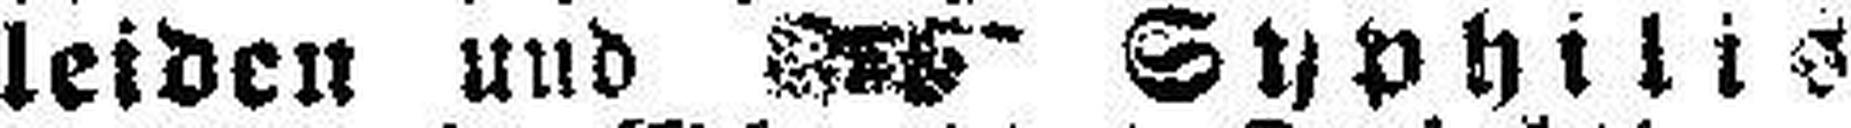
leiden und ### Syphilis